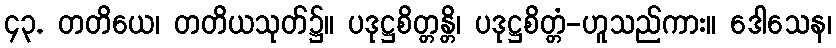
၄၃. တတိယေ၊ တတိယသုတ်၌။ ပဒုဋ္ဌစိတ္တန္တိ၊ ပဒုဋ္ဌစိတ္တံ-ဟူသည်ကား။ ဒေါသေန၊